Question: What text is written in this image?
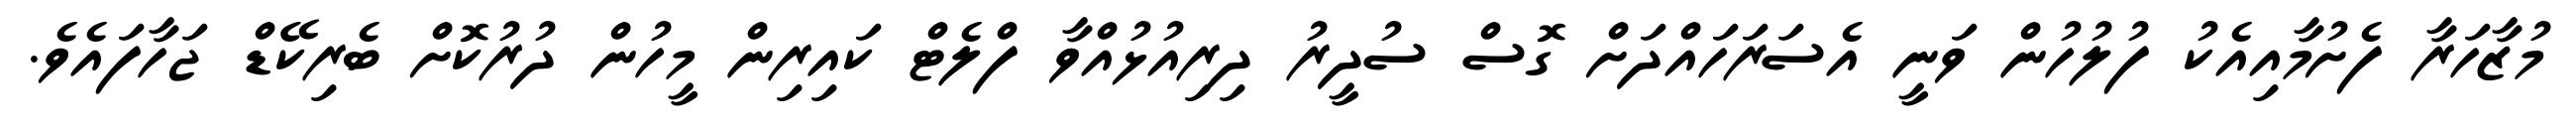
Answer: މުޒާހަރާ ފެށުމާއިއެކު ފުލުހުން ވަނީ އެސަރަހައްދަށް ގޮސް ސުދީރު ދިރިއުޅުއްވާ ފްލެޓް ކައިރިން މީހުން ދުރުކޮށް ބެރިކޭޑް ޖަހާފައެވެ.